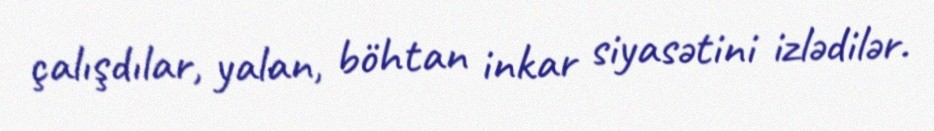
çalışdılar, yalan, böhtan inkar siyasətini izlədilər.